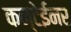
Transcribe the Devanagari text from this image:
कन्टेईनर